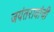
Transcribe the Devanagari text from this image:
जयंतरावांची